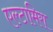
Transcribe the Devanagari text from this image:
एल्टामिरा